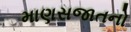
માણસજાતનો